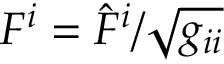
F ^ { i } = { \hat { F } } ^ { i } / { \sqrt { g _ { i i } } }